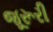
જૂરૂરી